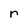
Character: r